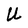
Character: U